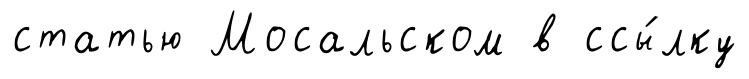
статью Мосальском в ссы́лку